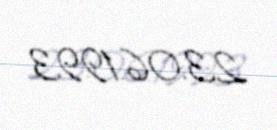
23.06.1993